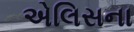
એલિસના